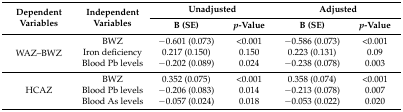
| <ROWSPAN=2> Dependent Variables | <ROWSPAN=2> Independent Variables | <COLSPAN=2> Unadjusted | <COLSPAN=2> Adjusted |
 | B (SE) | p-Value | B (SE) | p-Value |
 | --- | --- | --- | --- | --- | --- |
 | <ROWSPAN=3> WAZ–BWZ | BWZ | −0.601 (0.073) | <0.001 | −0.586 (0.073) | <0.001 |
 | Iron deficiency | 0.217 (0.150) | 0.150 | 0.223 (0.131) | 0.09 |
 | Blood Pb levels | −0.202 (0.089) | 0.024 | −0.238 (0.078) | 0.003 |
 | <ROWSPAN=3> HCAZ | BWZ | 0.352 (0.075) | <0.001 | 0.358 (0.074) | <0.001 |
 | Blood Pb levels | −0.206 (0.083) | 0.014 | −0.213 (0.078) | 0.007 |
 | Blood As levels | −0.057 (0.024) | 0.018 | −0.053 (0.022) | 0.020 |